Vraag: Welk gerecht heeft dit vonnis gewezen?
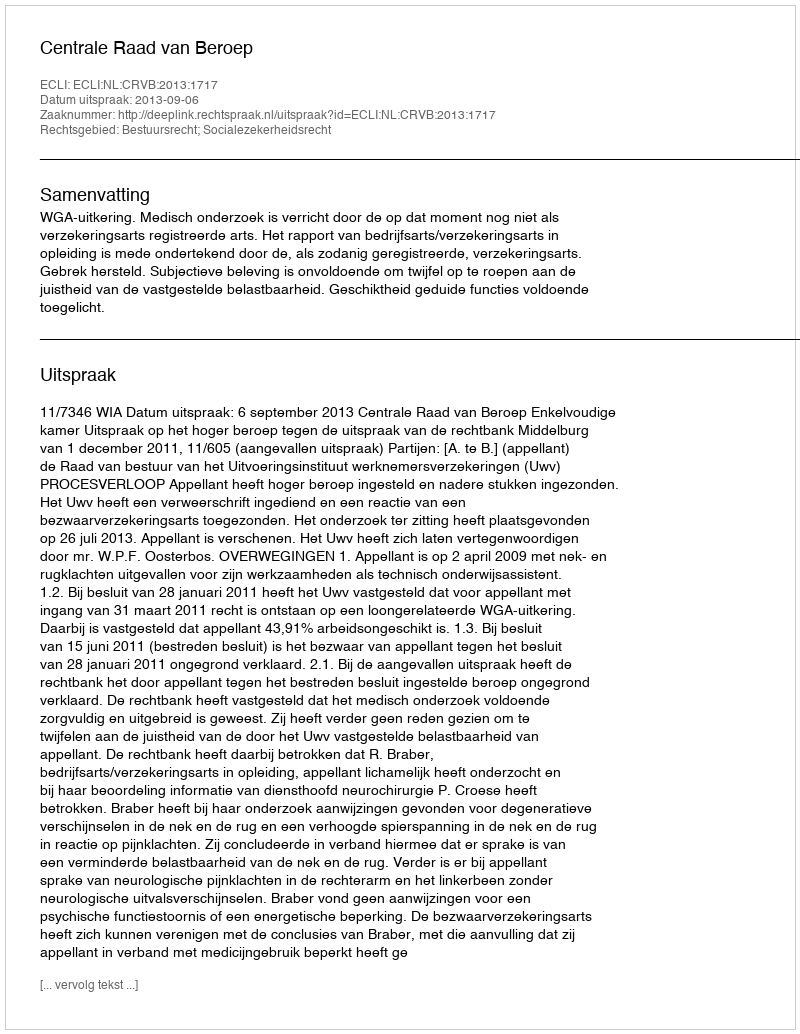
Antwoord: Centrale Raad van Beroep